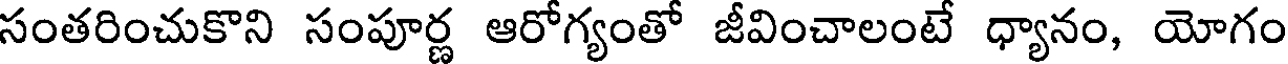
సంతరించుకొని సంపూర్ణ ఆరోగ్యంతో జీవించాలంటే ధ్యానం, యోగం